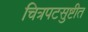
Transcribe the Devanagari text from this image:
चित्रपटसुष्टीत